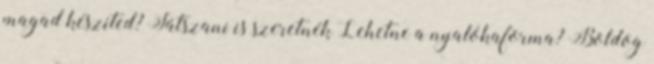
magad készíted? Játszani is szeretnék Lehetne a nyalókaforma? Boldog